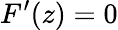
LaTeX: F^{\prime}(z)=0